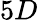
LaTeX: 5D